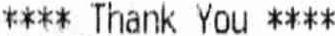
**** THANK YOU ****